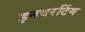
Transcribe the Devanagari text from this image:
इनवरटिंग